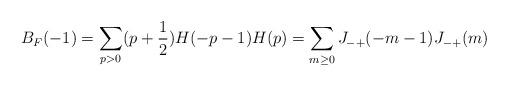
LaTeX: \begin{align*}B_F(-1) = \sum_{p>0} (p + \frac{1}{2})H(-p-1)H(p) = \sum_{m \ge 0} J_{-+}(-m-1)J_{-+}(m)\end{align*}